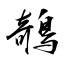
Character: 鵸